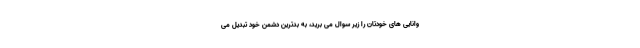
وانایی های خودتان را زیر سوال می برید، به بدترین دشمن خود تبدیل می